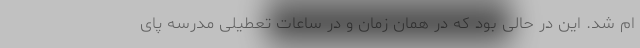
ام شد. این در حالی بود که در همان زمان و در ساعات تعطیلی مدرسه پای